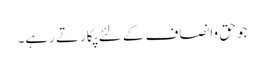
جو حق وانصاف کے لئے پکارتے رہے۔